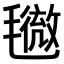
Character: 𣰓